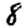
Digit: 8